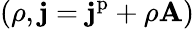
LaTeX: (\rho,\mathbf{j}=\mathbf{j}^{\mathrm{p}}+\rho\mathbf{A})